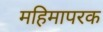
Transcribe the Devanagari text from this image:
महिमापरक